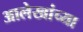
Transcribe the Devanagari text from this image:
आलेखांच्या